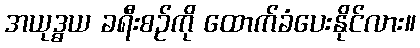
အယုဒ္ဓယ ခရီးစဉ်ကို ထောက်ခံပေးနိုင်လား။